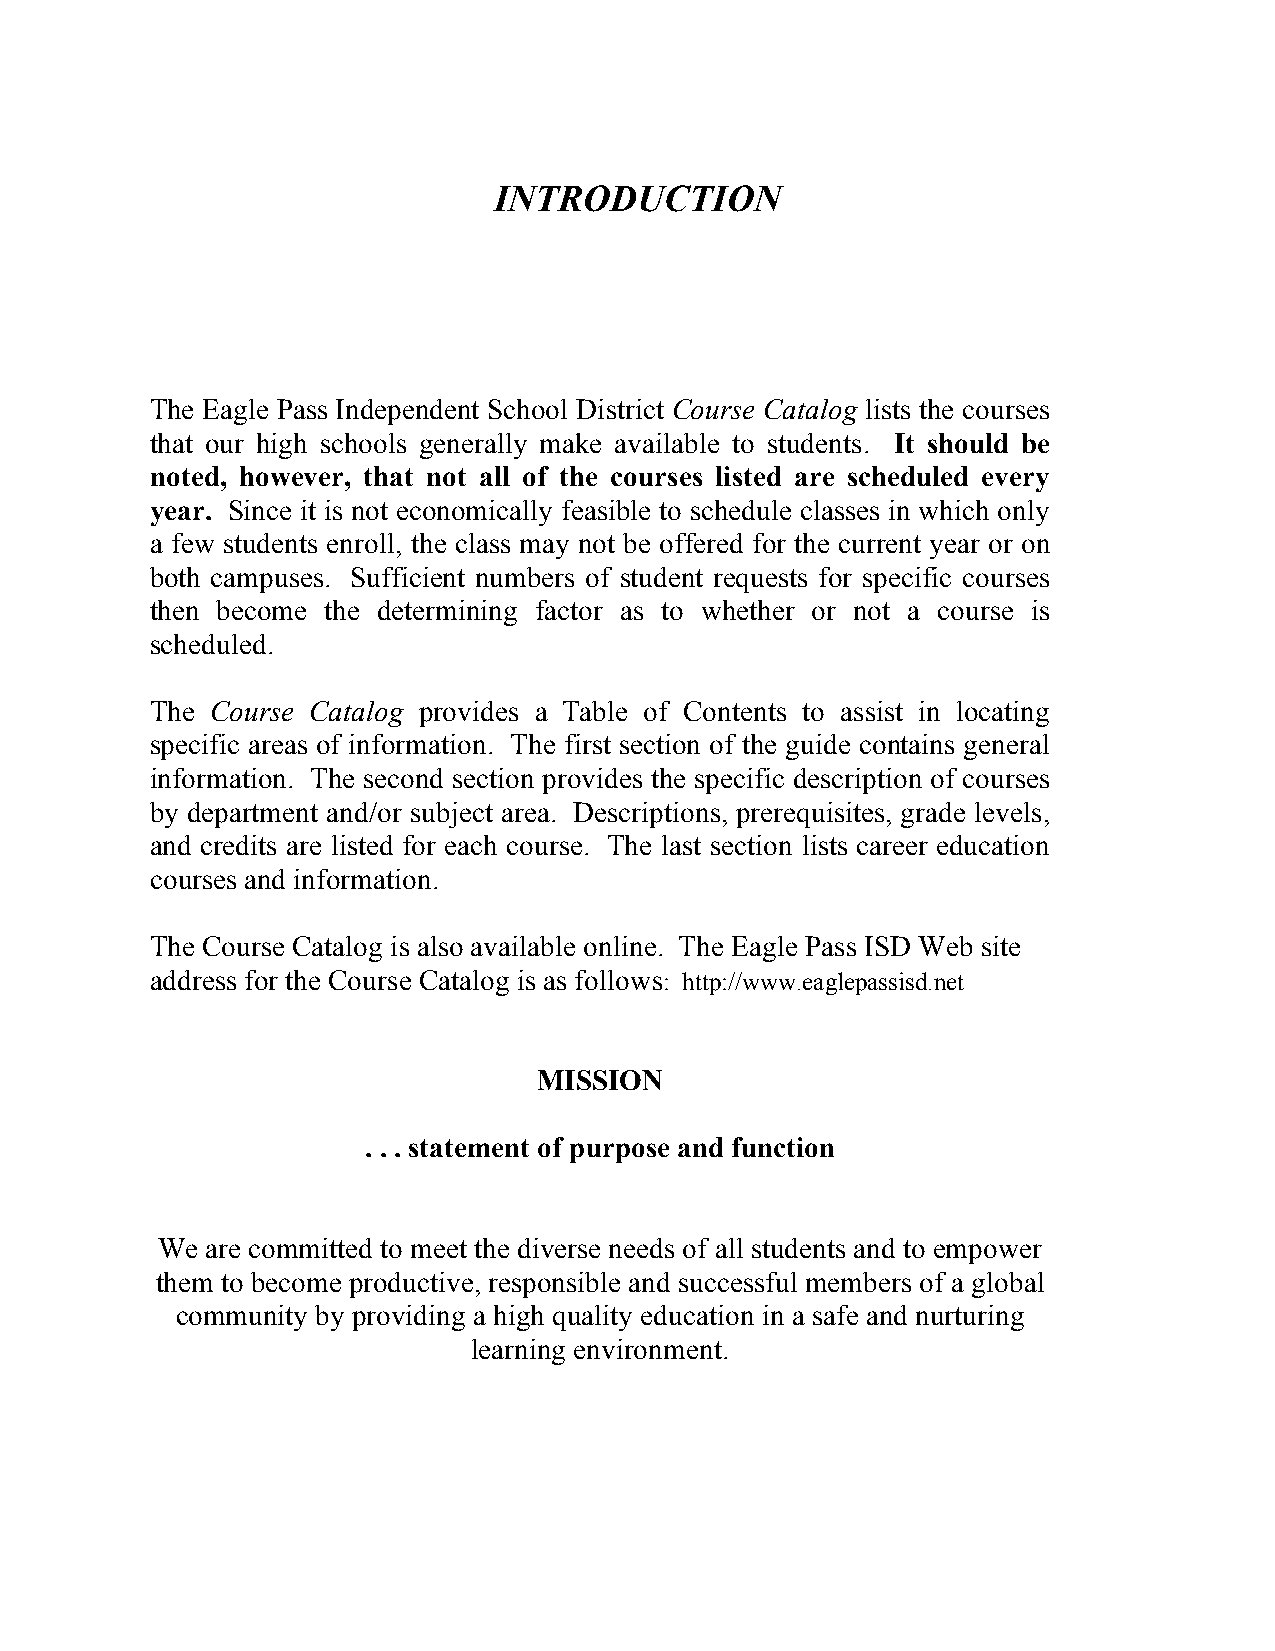
INTRODUCTION
 The Eagle Pass Independent School District Course Catalog lists the courses
 that our high schools generally make available to students. It should be
 noted, however, that not all of the courses listed are scheduled every
 year. Since it is not economically feasible to schedule classes in which only
 a few students enroll, the class may not be offered for the current year or on
 both campuses. Sufficient numbers of student requests for specific courses
 then become the determining factor as to whether or not a course is
 scheduled.
 The Course Catalog provides a Table of Contents to assist in locating
 specific areas of information. The first section of the guide contains general
 information. The second section provides the specific description of courses
 by department and/or subject area. Descriptions, prerequisites, grade levels,
 and credits are listed for each course. The last section lists career education
 courses and information.
 The Course Catalog is also available online. The Eagle Pass ISD Web site
 address for the Course Catalog is as follows: http://www.eaglepassisd.net
 MISSION
 . . . statement of purpose and function
 We  are committed to meet the diverse needs of all students and to empower
 them to become productive, responsible and successful members of a global
 community by providing a high quality education in a safe and nurturing
 learning environment.